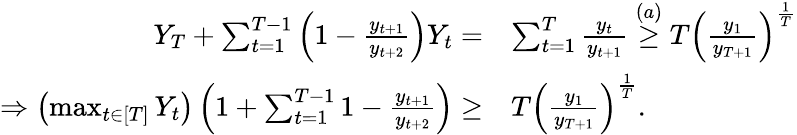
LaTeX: \begin{array}{rl}{Y_{T}+\sum_{t=1}^{T-1}\left(1-\frac{y_{t+1}}{y_{t+2}}\right)Y_{t}=}&{\sum_{t=1}^{T}\frac{y_{t}}{y_{t+1}}\overset{(a)}{\geq}T\left(\frac{y_{1}}{y_{T+1}}\right)^{\frac{1}{T}}}\\ {\Rightarrow\left(\operatorname*{max}_{t\in\left[T\right]}Y_{t}\right)\left(1+\sum_{t=1}^{T-1}1-\frac{y_{t+1}}{y_{t+2}}\right)\geq}&{T\left(\frac{y_{1}}{y_{T+1}}\right)^{\frac{1}{T}}.}\end{array}